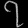
Digit: ၇